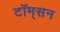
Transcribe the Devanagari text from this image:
टॉम्‌सन